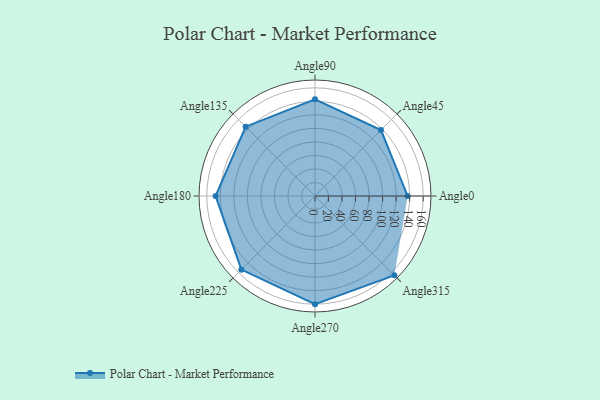
{"axis": {"x": "Angle", "y": "Radius"}, "legend": [""], "data": [{"x": "Angle0", "y": 137.0, "type": ""}, {"x": "Angle45", "y": 138.0, "type": ""}, {"x": "Angle90", "y": 143.0, "type": ""}, {"x": "Angle135", "y": 145.0, "type": ""}, {"x": "Angle180", "y": 147.0, "type": ""}, {"x": "Angle225", "y": 154.0, "type": ""}, {"x": "Angle270", "y": 160.0, "type": ""}, {"x": "Angle315", "y": 166.0, "type": ""}]}